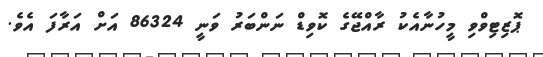
ޕޮޒިޓިވްވި މީހުނާއެކު ރާއްޖޭގެ ކޮވިޑް ނަންބަރު ވަނީ 86324 އަށް އަރާފަ އެވެ.